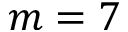
m = 7